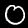
Label: 0